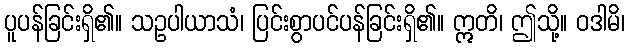
ပူပန်ခြင်းရှိ၏။ သဥပါယာသံ၊ ပြင်းစွာပင်ပန်ခြင်းရှိ၏။ ဣတိ၊ ဤသို့။ ဝဒါမိ၊